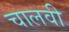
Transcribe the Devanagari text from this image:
चालवी